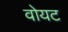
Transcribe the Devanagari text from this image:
वोयट